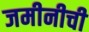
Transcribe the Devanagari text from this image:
जमीनीची